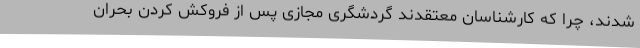
شدند، چرا که کارشناسان معتقدند گردشگری مجازی پس از فروکش کردن بحران